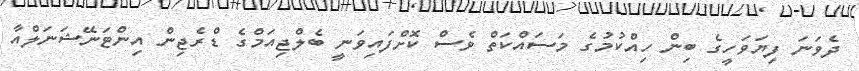
ދެވަނަ ފިޔަވަހީގެ ބިން ހިއްކުމުގެ މަސައްކަތް ވެސް ކޮށްފައިވަނީ ބެލްޖިއަމްގެ ޑްރެޖިން އިންޓަނޭޝަނަލްއާ